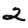
Digit: 2